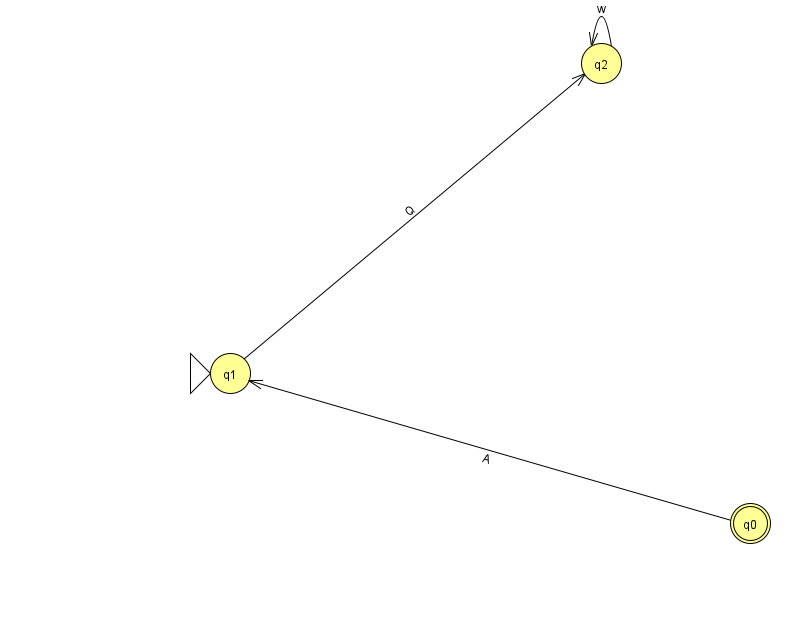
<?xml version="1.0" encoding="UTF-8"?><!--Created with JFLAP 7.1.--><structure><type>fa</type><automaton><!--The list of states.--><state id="0" name="q0"><x>750.0</x><y>510.0</y><final/></state><state id="1" name="q1"><x>230.0</x><y>360.0</y><initial/></state><state id="2" name="q2"><x>601.0</x><y>50.0</y></state><!--The list of transitions.--><transition><from>0</from><to>1</to><read>A</read></transition><transition><from>2</from><to>2</to><read>w</read></transition><transition><from>1</from><to>2</to><read>Q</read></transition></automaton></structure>